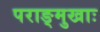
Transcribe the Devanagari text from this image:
पराङ्मुखाः